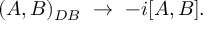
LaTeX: ( A , B ) _ { D B } \ \to \ - i [ A , B ] .